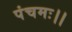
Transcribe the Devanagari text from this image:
पंचमः।।